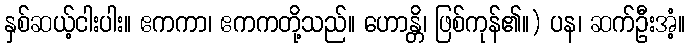
နှစ်ဆယ့်ငါးပါး။ ဧကကာ၊ ဧကကတို့သည်။ ဟောန္တိ၊ ဖြစ်ကုန်၏။) ပန၊ ဆက်ဦးအံ့။